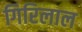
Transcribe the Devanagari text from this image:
गिरिलाल